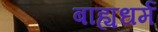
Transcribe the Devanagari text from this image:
बाह्यधर्म